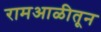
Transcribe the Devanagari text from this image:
रामआळीतून